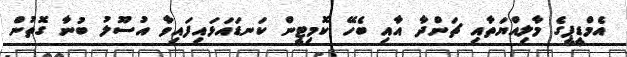
އެމްޑީޕީގެ މާލިއްޔަތާއި ޗަންދާ އާއި ބެހޭ ކޮމިޓީން ކަނޑައަޅައިފައިވާ އުސޫލު ބުނާ ގޮތުން